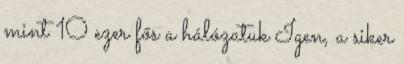
mint 10 ezer fős a hálózatuk Igen, a siker